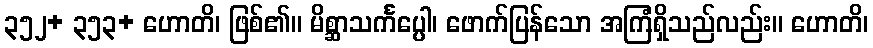
၃၅၂+ ၃၅၃+ ဟောတိ၊ ဖြစ်၏။ မိစ္ဆာသင်္ကပ္ပေါ၊ ဖောက်ပြန်သော အကြံရှိသည်လည်း။ ဟောတိ၊